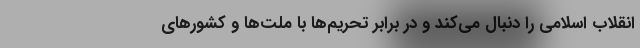
انقلاب اسلامی را دنبال می‌کند و در برابر تحریم‌ها با ملت‌ها و کشور‌های